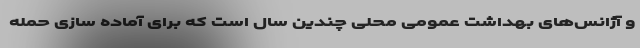
و آژانس‌های بهداشت عمومی محلی چندین سال است که برای آماده سازی حمله